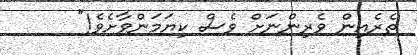
ތެރެއިން ވެރިންނަށް ވެސް ކިޔަމަންވާށެވެ!"